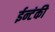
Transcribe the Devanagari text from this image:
ईन्टंकी